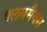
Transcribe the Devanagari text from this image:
क्लयमैक्स